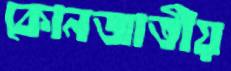
কোনজাতীয়